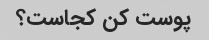
پوست کن کجاست؟